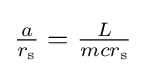
{\textstyle {\frac {a}{r_{\text{s}}}}={\frac {L}{mcr_{\text{s}}}}}